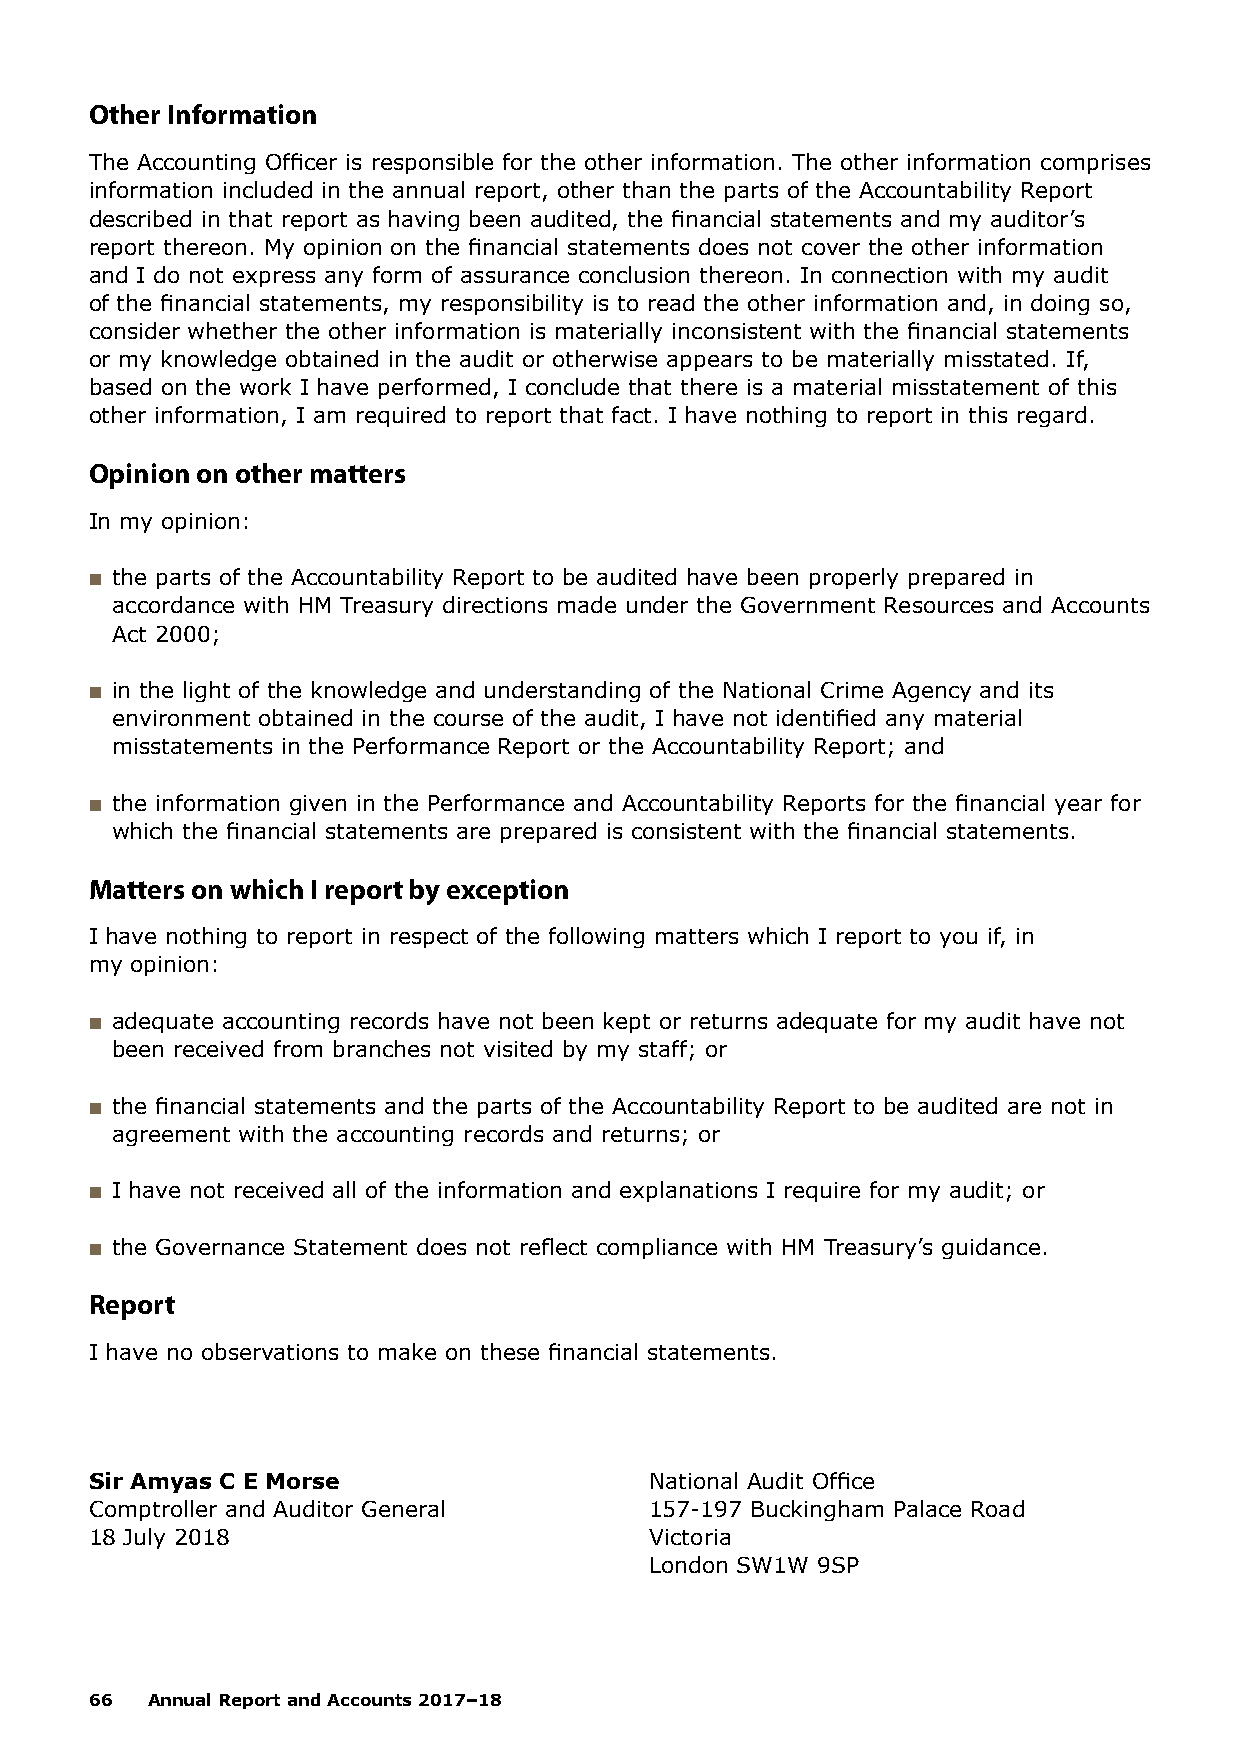
Other Information
 The Accounting Officer is responsible for the other information. The other information comprises
 information included in the annual report, other than the parts of the Accountability Report
 described in that report as having been audited, the financial statements and my auditor’s
 report thereon. My opinion on the financial statements does not cover the other information
 and I do not express any form of assurance conclusion thereon. In connection with my audit
 of the financial statements, my responsibility is to read the other information and, in doing so,
 consider whether the other information is materially inconsistent with the financial statements
 or my knowledge obtained in the audit or otherwise appears to be materially misstated. If,
 based on the work I have performed, I conclude that there is a material misstatement of this
 other information, I am required to report that fact. I have nothing to report in this regard.
 Opinion on other matters
 In my opinion:
 ■■ the parts of the Accountability Report to be audited have been properly prepared in
 accordance with HM Treasury directions made under the Government Resources and Accounts
 Act 2000;
 ■■ in the light of the knowledge and understanding of the National Crime Agency and its
 environment obtained in the course of the audit, I have not identified any material
 misstatements in the Performance Report or the Accountability Report; and
 ■■ the information given in the Performance and Accountability Reports for the financial year for
 which the financial statements are prepared is consistent with the financial statements.
 Matters on which I report by exception
 I have nothing to report in respect of the following matters which I report to you if, in
 my opinion:
 ■■ adequate accounting records have not been kept or returns adequate for my audit have not
 been received from branches not visited by my staff; or
 ■■ the financial statements and the parts of the Accountability Report to be audited are not in
 agreement with the accounting records and returns; or
 ■■ I have not received all of the information and explanations I require for my audit; or
 ■■ the Governance Statement does not reflect compliance with HM Treasury’s guidance.
 Report
 I have no observations to make on these financial statements.
 Sir Amyas C E Morse                  National Audit Office
 Comptroller and Auditor General      157-197 Buckingham Palace Road
 18 July 2018                         Victoria
 London SW1W 9SP
 66  Annual Report and Accounts 2017–18